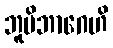
ဘူမိဘာဂေဟိ